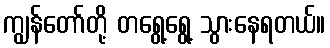
ကျွန်တော်တို့ တရွေ့ရွေ့ သွားနေရတယ်။